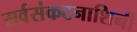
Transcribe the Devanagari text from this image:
सर्वसंकटनाशिनी